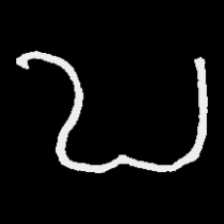
Pyu character \u2014 Myanmar letter: ဎ (romanized: ddha)